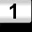
Digit: 1